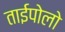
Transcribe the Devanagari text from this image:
ताईपोलो